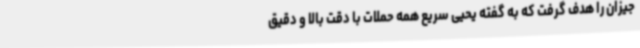
جیزان را هدف گرفت که به گفته یحیی سریع همه حملات با دقت بالا و دقیق